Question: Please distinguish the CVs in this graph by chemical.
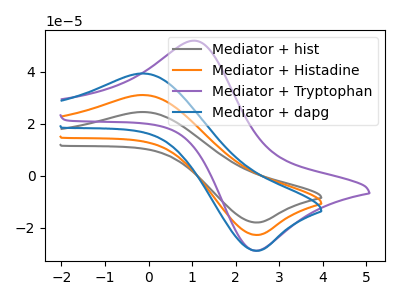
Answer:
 <answer>The gray curve is labeled "Mediator + hist". The orange curve is labeled "Mediator + Histadine". The purple curve is labeled "Mediator + Tryptophan". The blue curve is labeled "Mediator + dapg".</answer>
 <eval></eval>